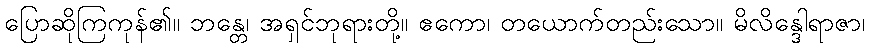
ပြောဆိုကြကုန်၏။ ဘန္တေ၊ အရှင်ဘုရားတို့။ ဧကော၊ တယောက်တည်းသော။ မိလိန္ဒေါရာဇာ၊